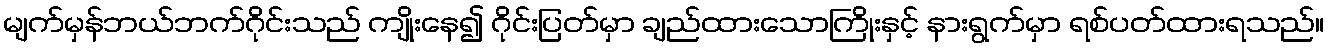
မျက်မှန်ဘယ်ဘက်ဂိုင်းသည် ကျိုးနေ၍ ဂိုင်းပြတ်မှာ ချည်ထားသောကြိုးနှင့် နားရွက်မှာ ရစ်ပတ်ထားရသည်။